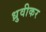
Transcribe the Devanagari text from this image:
ध्रुवीकर